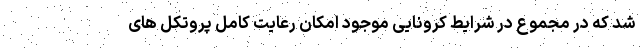
شد که در مجموع در شرایط کرونایی موجود امکان رعایت کامل پروتکل های